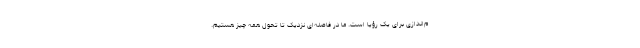
م‌اندازی برای یک رؤیا است. ما در فاصله‌ای نزدیک تا تحول همه چیز هستیم.